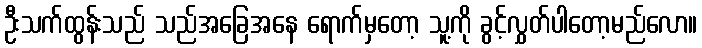
ဦးသက်ထွန်းသည် သည်အခြေအနေ ရောက်မှတော့ သူ့ကို ခွင့်လွှတ်ပါတော့မည်လော။